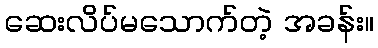
ဆေးလိပ်မသောက်တဲ့ အခန်း။